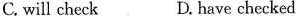
C. will check D. have checked